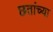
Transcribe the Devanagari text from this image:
छतांच्या